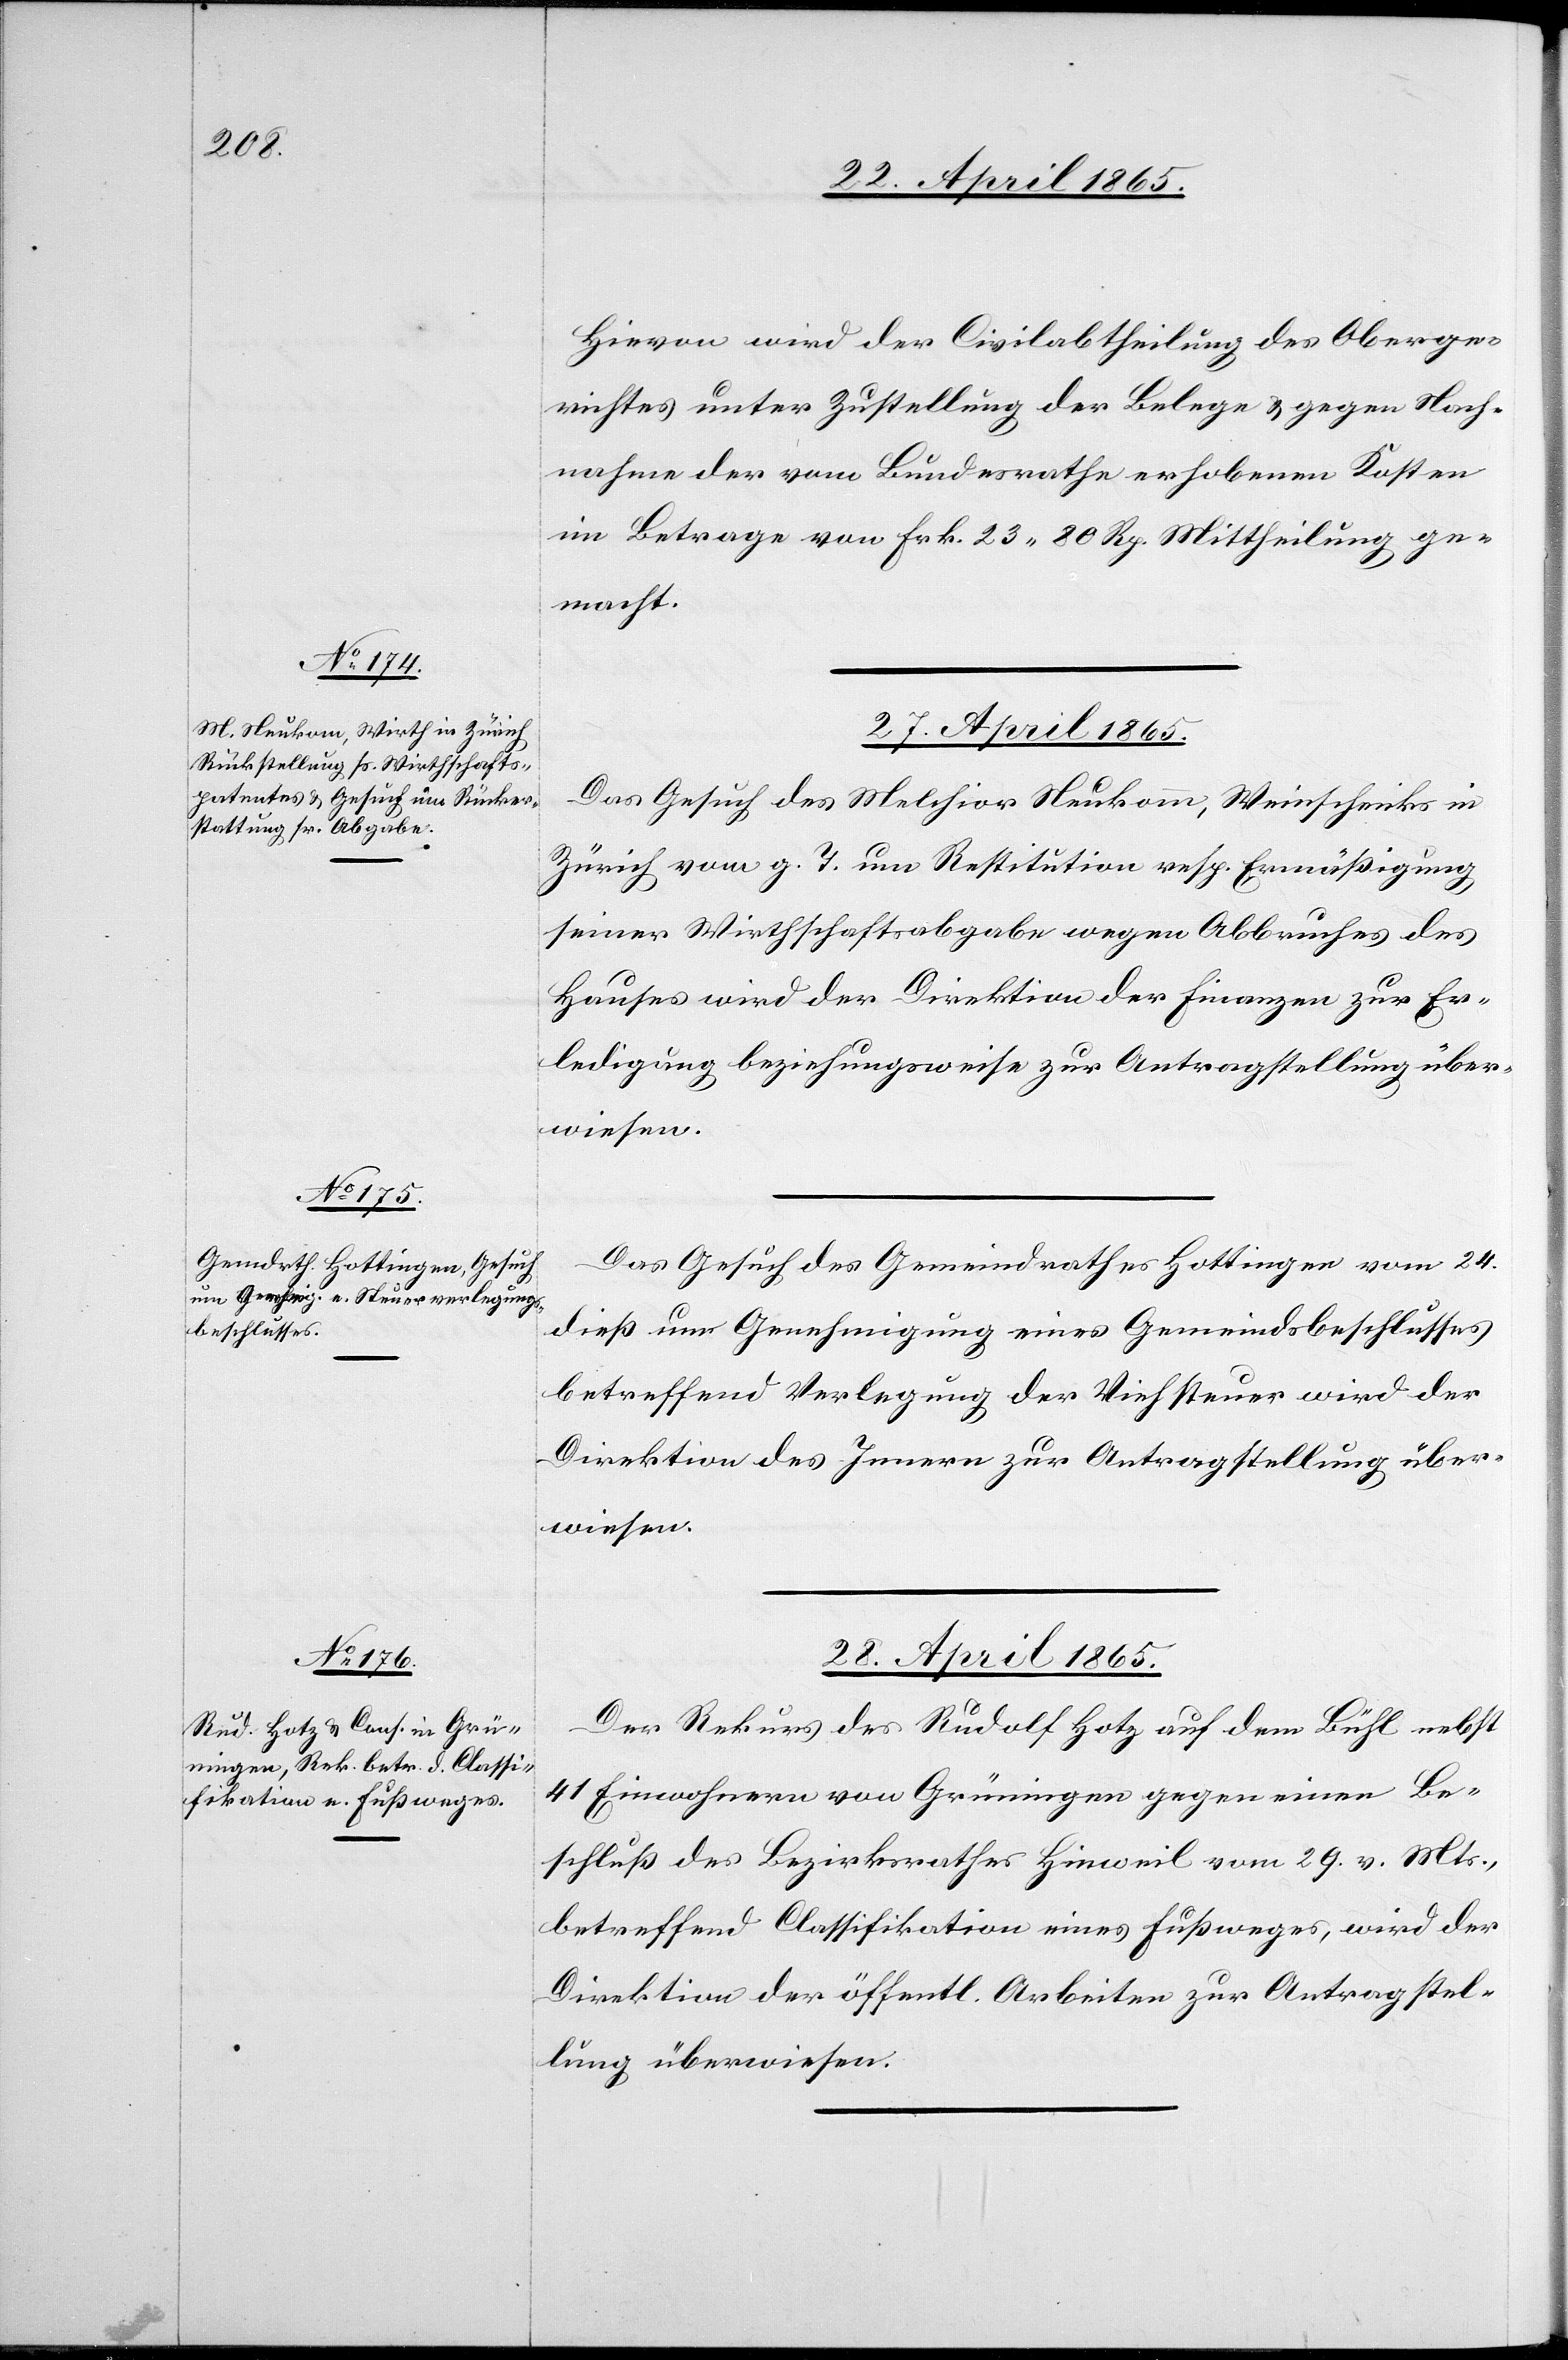
Hievon wird der Civilabtheilung des Oberge¬
richtes unter Zustellung der Belege & gegen Nach¬
nahme der vom Bundesrathe erhobenen Kosten
im Betrage von Frk. 23 80 Rp. Mittheilung ge¬
macht.
27. April 1865.
Das Gesuch des Melchior Neukomm [sic!], Weinschenks in
Zürich vom g. T. um Restitution resp. Ermäßigung
seiner Wirthschaftsabgabe wegen Abbruches des
Hauses wird der Direktion der Finanzen zur Er¬
ledigung beziehungsweise zur Antragstellung über¬
wiesen.
Das Gesuch des Gemeindrathes Hottingen vom 24.
dieß um Genehmigung eines Gemeindsbschlusses
betreffend Verlegung der Viehsteuer wird der
Direktion des Innern zur Antragstellung über¬
wiesen.
28. April 1865.
Der Rekurs des Rudolf Hotz auf dem Bühl nebst
41 Einwohnern von Grüningen gegen einen Be¬
schluß des Bezirkrathes Hinweil vom 29. v. Mts.,
betreffend Classifikation eines Fußweges, wird der
Direktion der öffentl. Arbeiten zur Antragstel¬
lung überwiesen.